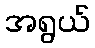
အရွယ်